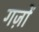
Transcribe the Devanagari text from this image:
गज़ों